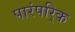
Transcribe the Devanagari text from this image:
पारंपरि्क